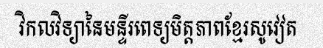
វិកលវិទ្យានៃមន្ទីរពេទ្យមិត្តភាពខ្មែរសូវៀត